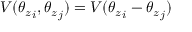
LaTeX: V ( { \theta _ { z } } _ { i } , { \theta _ { z } } _ { j } ) = V ( { \theta _ { z } } _ { i } - { \theta _ { z } } _ { j } )